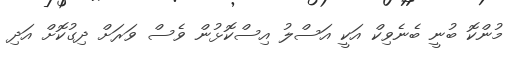
މުންކޮ ބުނީ ބެނެވިކް އަކީ އަސްލު އިސްކޮޅުން ވެސް ވަރަށް ދިގުކޮށް އަދި